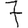
Digit: 7